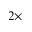
2 \times